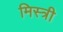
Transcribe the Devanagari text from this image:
मिस्‍त्री